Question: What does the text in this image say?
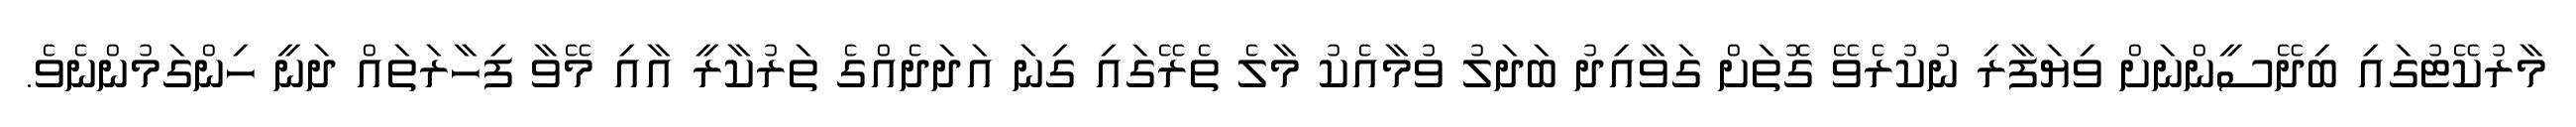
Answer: މާރުކޭޓުގައި ބިދޭސީންނަށް ވިޔަފާރި ނުކުރެވޭ ގޮތަށް ގަވާއިދު ބަދަލު ވުމާއެކު މާލެ ތެރޭގައި ގިނަ އަދަދެއްގެ ތަރުކާރީ އާއި މޭވާ ފިހާރަތައް ދަނީ ހިންގަމުންނެވެ.